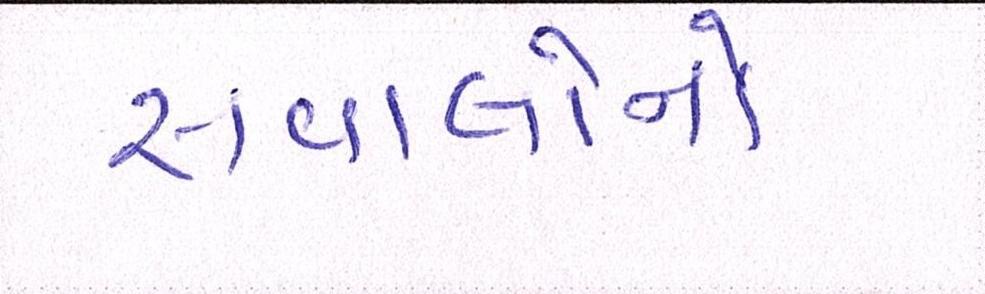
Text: સવાલોનો